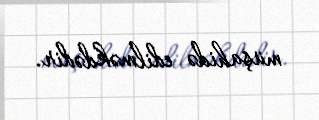
müşahidə edilməkdədir.